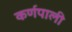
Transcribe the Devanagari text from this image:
कर्णपाली